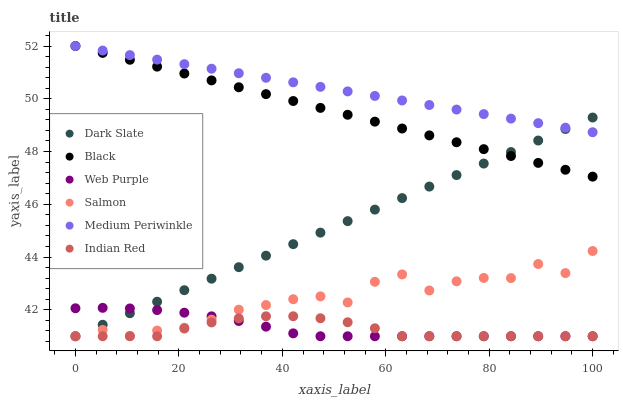
| xaxis_label | Dark Slate | Black | Web Purple | Salmon | Medium Periwinkle | Indian Red |
 | --- | --- | --- | --- | --- | --- | --- |
 | 0 | 41 | 52 | 42.1 | 41 | 52 | 41 |
 | 5.26 | 41.4 | 51.7 | 42.1 | 41.2 | 51.8 | 41 |
 | 10.5 | 41.9 | 51.5 | 42.1 | 41 | 51.7 | 41 |
 | 15.8 | 42.3 | 51.2 | 42 | 41.2 | 51.5 | 41 |
 | 21.1 | 42.7 | 51 | 41.9 | 41.3 | 51.3 | 41.3 |
 | 26.3 | 43.2 | 50.7 | 41.8 | 41.6 | 51.1 | 41.5 |
 | 31.6 | 43.6 | 50.4 | 41.6 | 42 | 51 | 41.7 |
 | 36.8 | 44.1 | 50.2 | 41.4 | 42.2 | 50.8 | 41.8 |
 | 42.1 | 44.5 | 49.9 | 41.1 | 42.4 | 50.6 | 41.8 |
 | 47.4 | 44.9 | 49.7 | 41 | 42.5 | 50.5 | 41.7 |
 | 52.6 | 45.4 | 49.4 | 41 | 42.3 | 50.3 | 41.5 |
 | 57.9 | 45.8 | 49.1 | 41 | 43.1 | 50.1 | 41.3 |
 | 63.2 | 46.2 | 48.9 | 41 | 43.3 | 49.9 | 41 |
 | 68.4 | 46.7 | 48.6 | 41 | 42.7 | 49.8 | 41 |
 | 73.7 | 47.1 | 48.4 | 41 | 43.1 | 49.6 | 41 |
 | 78.9 | 47.5 | 48.1 | 41 | 43.2 | 49.4 | 41 |
 | 84.2 | 48 | 47.8 | 41 | 43.2 | 49.2 | 41 |
 | 89.5 | 48.4 | 47.6 | 41 | 43.7 | 49.1 | 41 |
 | 94.7 | 48.9 | 47.3 | 41 | 43.4 | 48.9 | 41 |
 | 100 | 49.3 | 47 | 41 | 44.2 | 48.7 | 41 |